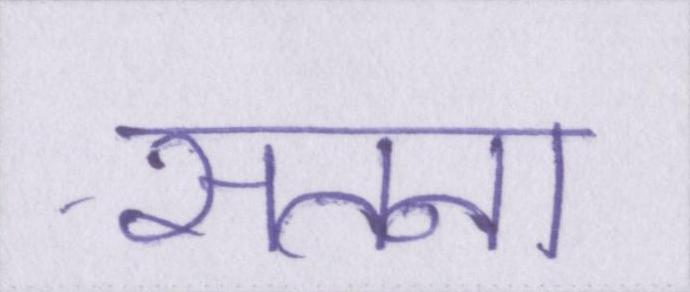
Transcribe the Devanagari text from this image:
सतना